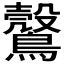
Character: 𪆪